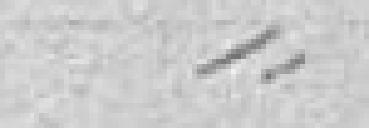
--